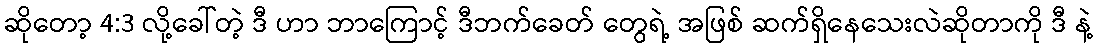
ဆိုတော့ 4:3 လို့ခေါ်တဲ့ ဒီ ဟာ ဘာကြောင့် ဒီဘက်ခေတ် တွေရဲ့ အဖြစ် ဆက်ရှိနေသေးလဲဆိုတာကို ဒီ နဲ့